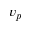
v _ { p }